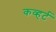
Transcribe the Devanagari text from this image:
कव्हर्ट